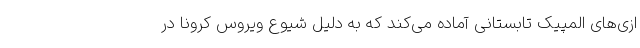
ازی‌های المپیک تابستانی آماده می‌کند که به دلیل شیوع ویروس کرونا در